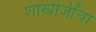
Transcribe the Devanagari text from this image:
शास्त्रीजींचा